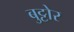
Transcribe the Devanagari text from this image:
बुट्टोर